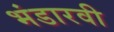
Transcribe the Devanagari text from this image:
भंडारवी